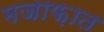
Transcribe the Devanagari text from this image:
मजाफ़ात